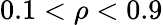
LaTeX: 0.1<\rho<0.9